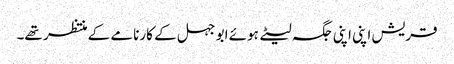
قریش اپنی اپنی جگہ لیٹے ہوئے ابو جہل کے کارنامے کے منتظر تھے۔